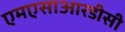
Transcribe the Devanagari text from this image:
एमएसाआरडीसी